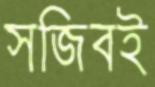
সজিবই